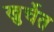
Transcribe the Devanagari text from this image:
खुर्चेत